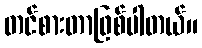
တင်စားတာဖြစ်ပါတယ်။